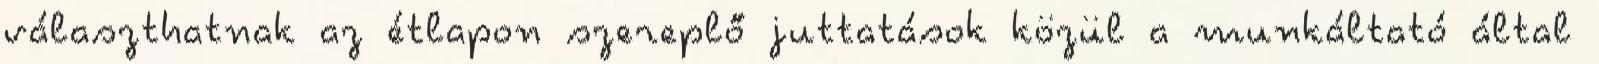
választhatnak az étlapon szereplő juttatások közül a munkáltató által